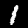
Label: 1